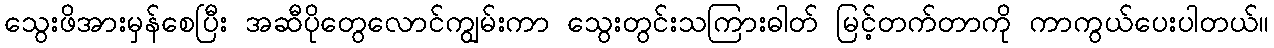
သွေးဖိအားမှန်စေပြီး အဆီပိုတွေလောင်ကျွမ်းကာ သွေးတွင်းသကြားဓါတ် မြင့်တက်တာကို ကာကွယ်ပေးပါတယ်။